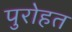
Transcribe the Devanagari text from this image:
पुरोहत